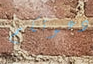
دعوتكم